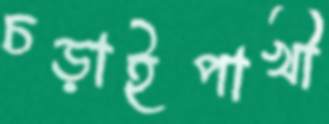
চড়াইপাখী